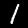
Digit: 1